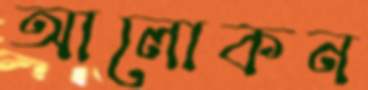
আলোকন